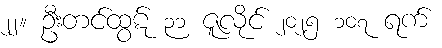
၂၂။ ဦးတင်ထွဋ် ၃၁ ဇူလိုင် ၂၀၂၅ ၁၀၇ ရက်